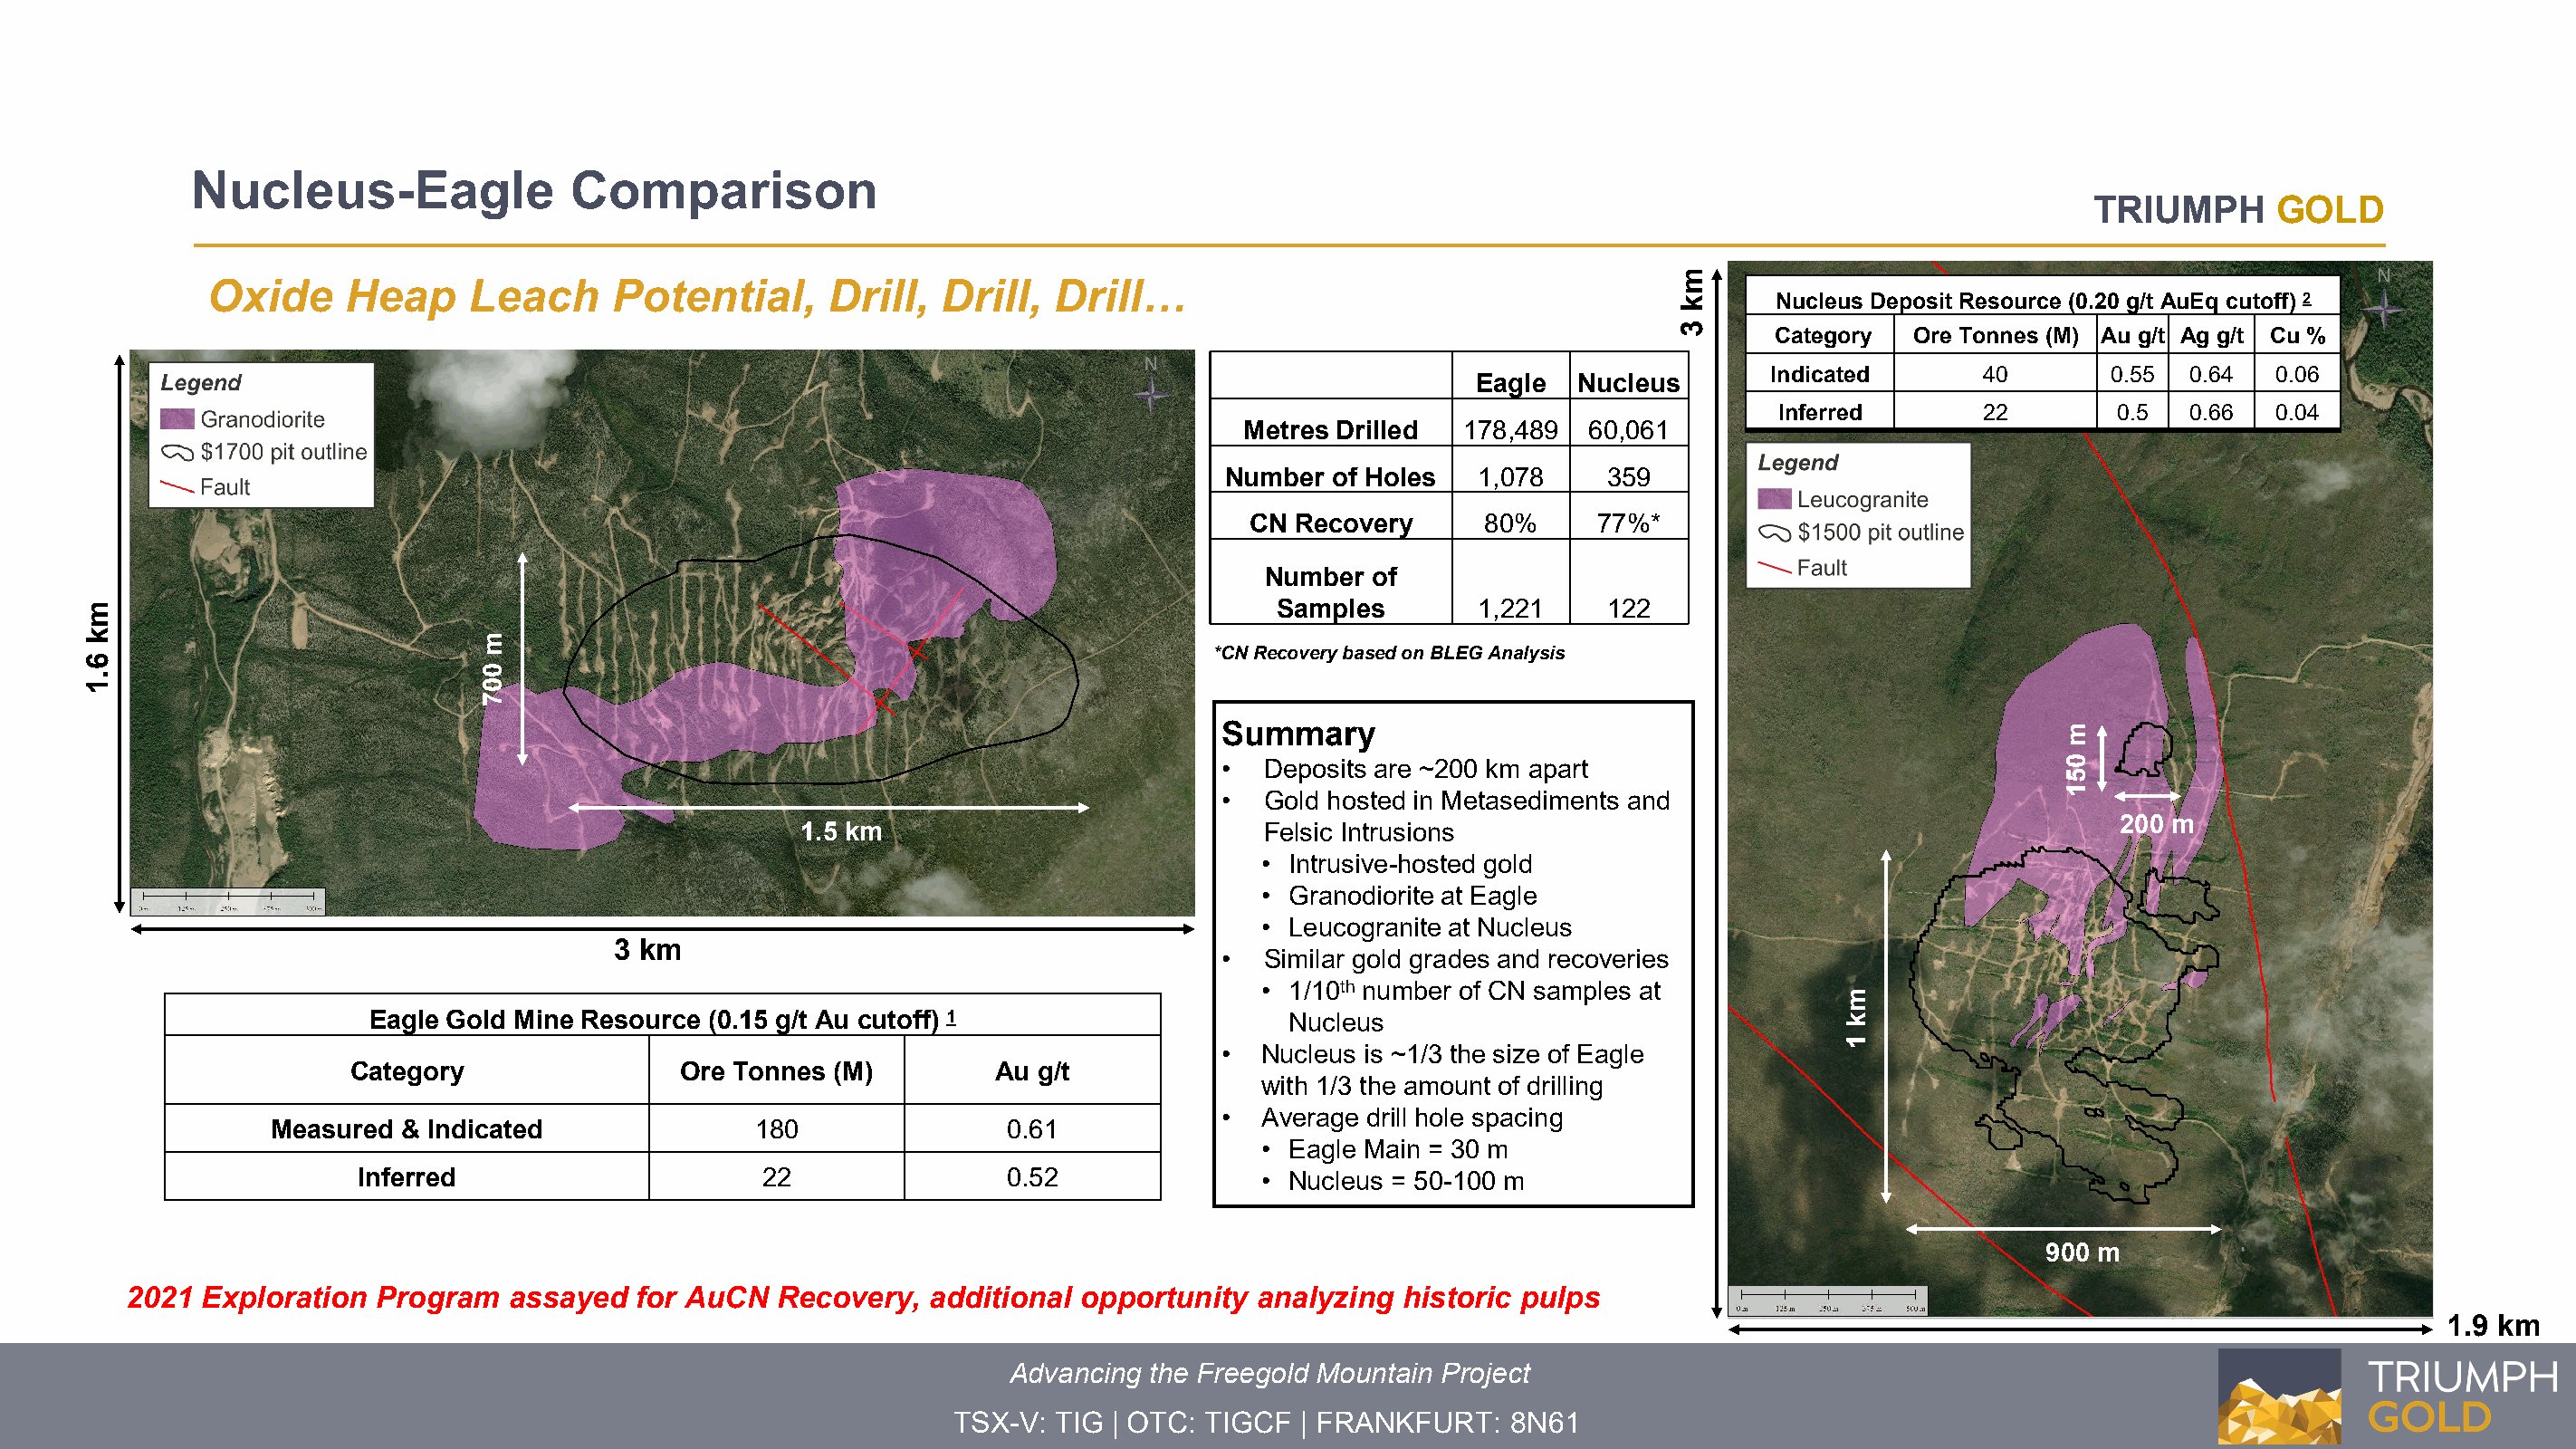
Nucleus-Eagle               Comparison
 TRIUMPH      GOLD
 Oxide     Heap     Leach      Potential,      Drill,  Drill,  Drill…
 Nucleus Deposit Resource (0.20 g/t AuEq cutoff) 2
 Category  Ore Tonnes (M) Au g/t Ag g/t Cu %
 Indicated       40       0.55  0.64  0.06
 Eagle  Nucleus
 Inferred       22        0.5  0.66  0.04
 Metres Drilled  178,489  60,061
 Number of Holes   1,078    359
 CN  Recovery      80%     77%*
 Number  of
 Samples        1,221    122
 *CN Recovery based on BLEG Analysis
 Summary
 •  Deposits are ~200 km apart
 •  Gold hosted in Metasediments and
 200 m
 1.5 km                           Felsic Intrusions
 • Intrusive-hosted gold
 • Granodiorite at Eagle
 • Leucogranite at Nucleus
 3 km
 •  Similar gold grades and recoveries
 • 1/10th number of CN samples at
 Eagle Gold Mine Resource (0.15 g/t Au cutoff) 1                    Nucleus
 •  Nucleus is ~1/3 the size of Eagle
 Category                Ore Tonnes (M)         Au g/t
 with 1/3 the amount of drilling
 •  Average drill hole spacing
 Measured & Indicated               180                0.61
 • Eagle Main = 30 m
 Inferred                      22                0.52              • Nucleus = 50-100 m
 900 m
 2021  Exploration Program   assayed  for AuCN   Recovery,  additional opportunity  analyzing  historic pulps
 1.9 km
 Advancing the Freegold Mountain Project
 TSX-V: TIG | OTC: TIGCF  | FRANKFURT:   8N61
 mk
 6.1
 m
 007
 mk
 3
 mk
 1
 m
 051